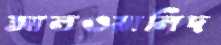
আলওয়ালিদ